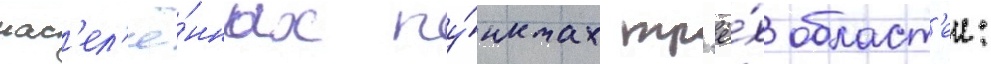
нас'ел'ё́нных пу́нктах тр'ё́х област'еи: